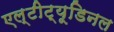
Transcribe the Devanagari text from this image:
एल्‍टीट्यूडिनल